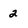
Character: 2